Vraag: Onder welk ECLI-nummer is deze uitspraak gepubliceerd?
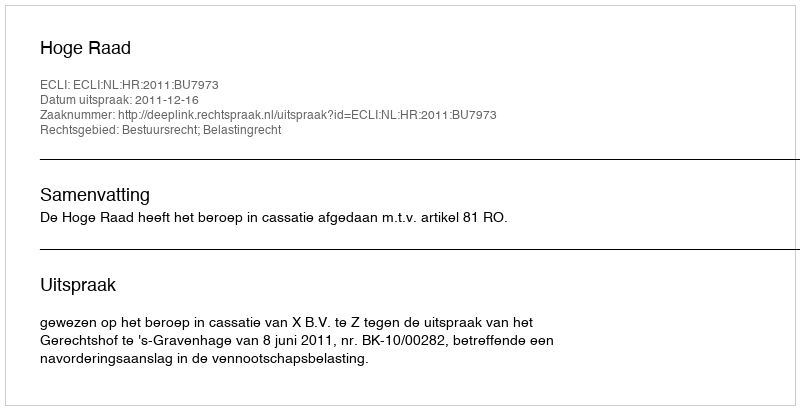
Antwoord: ECLI:NL:HR:2011:BU7973